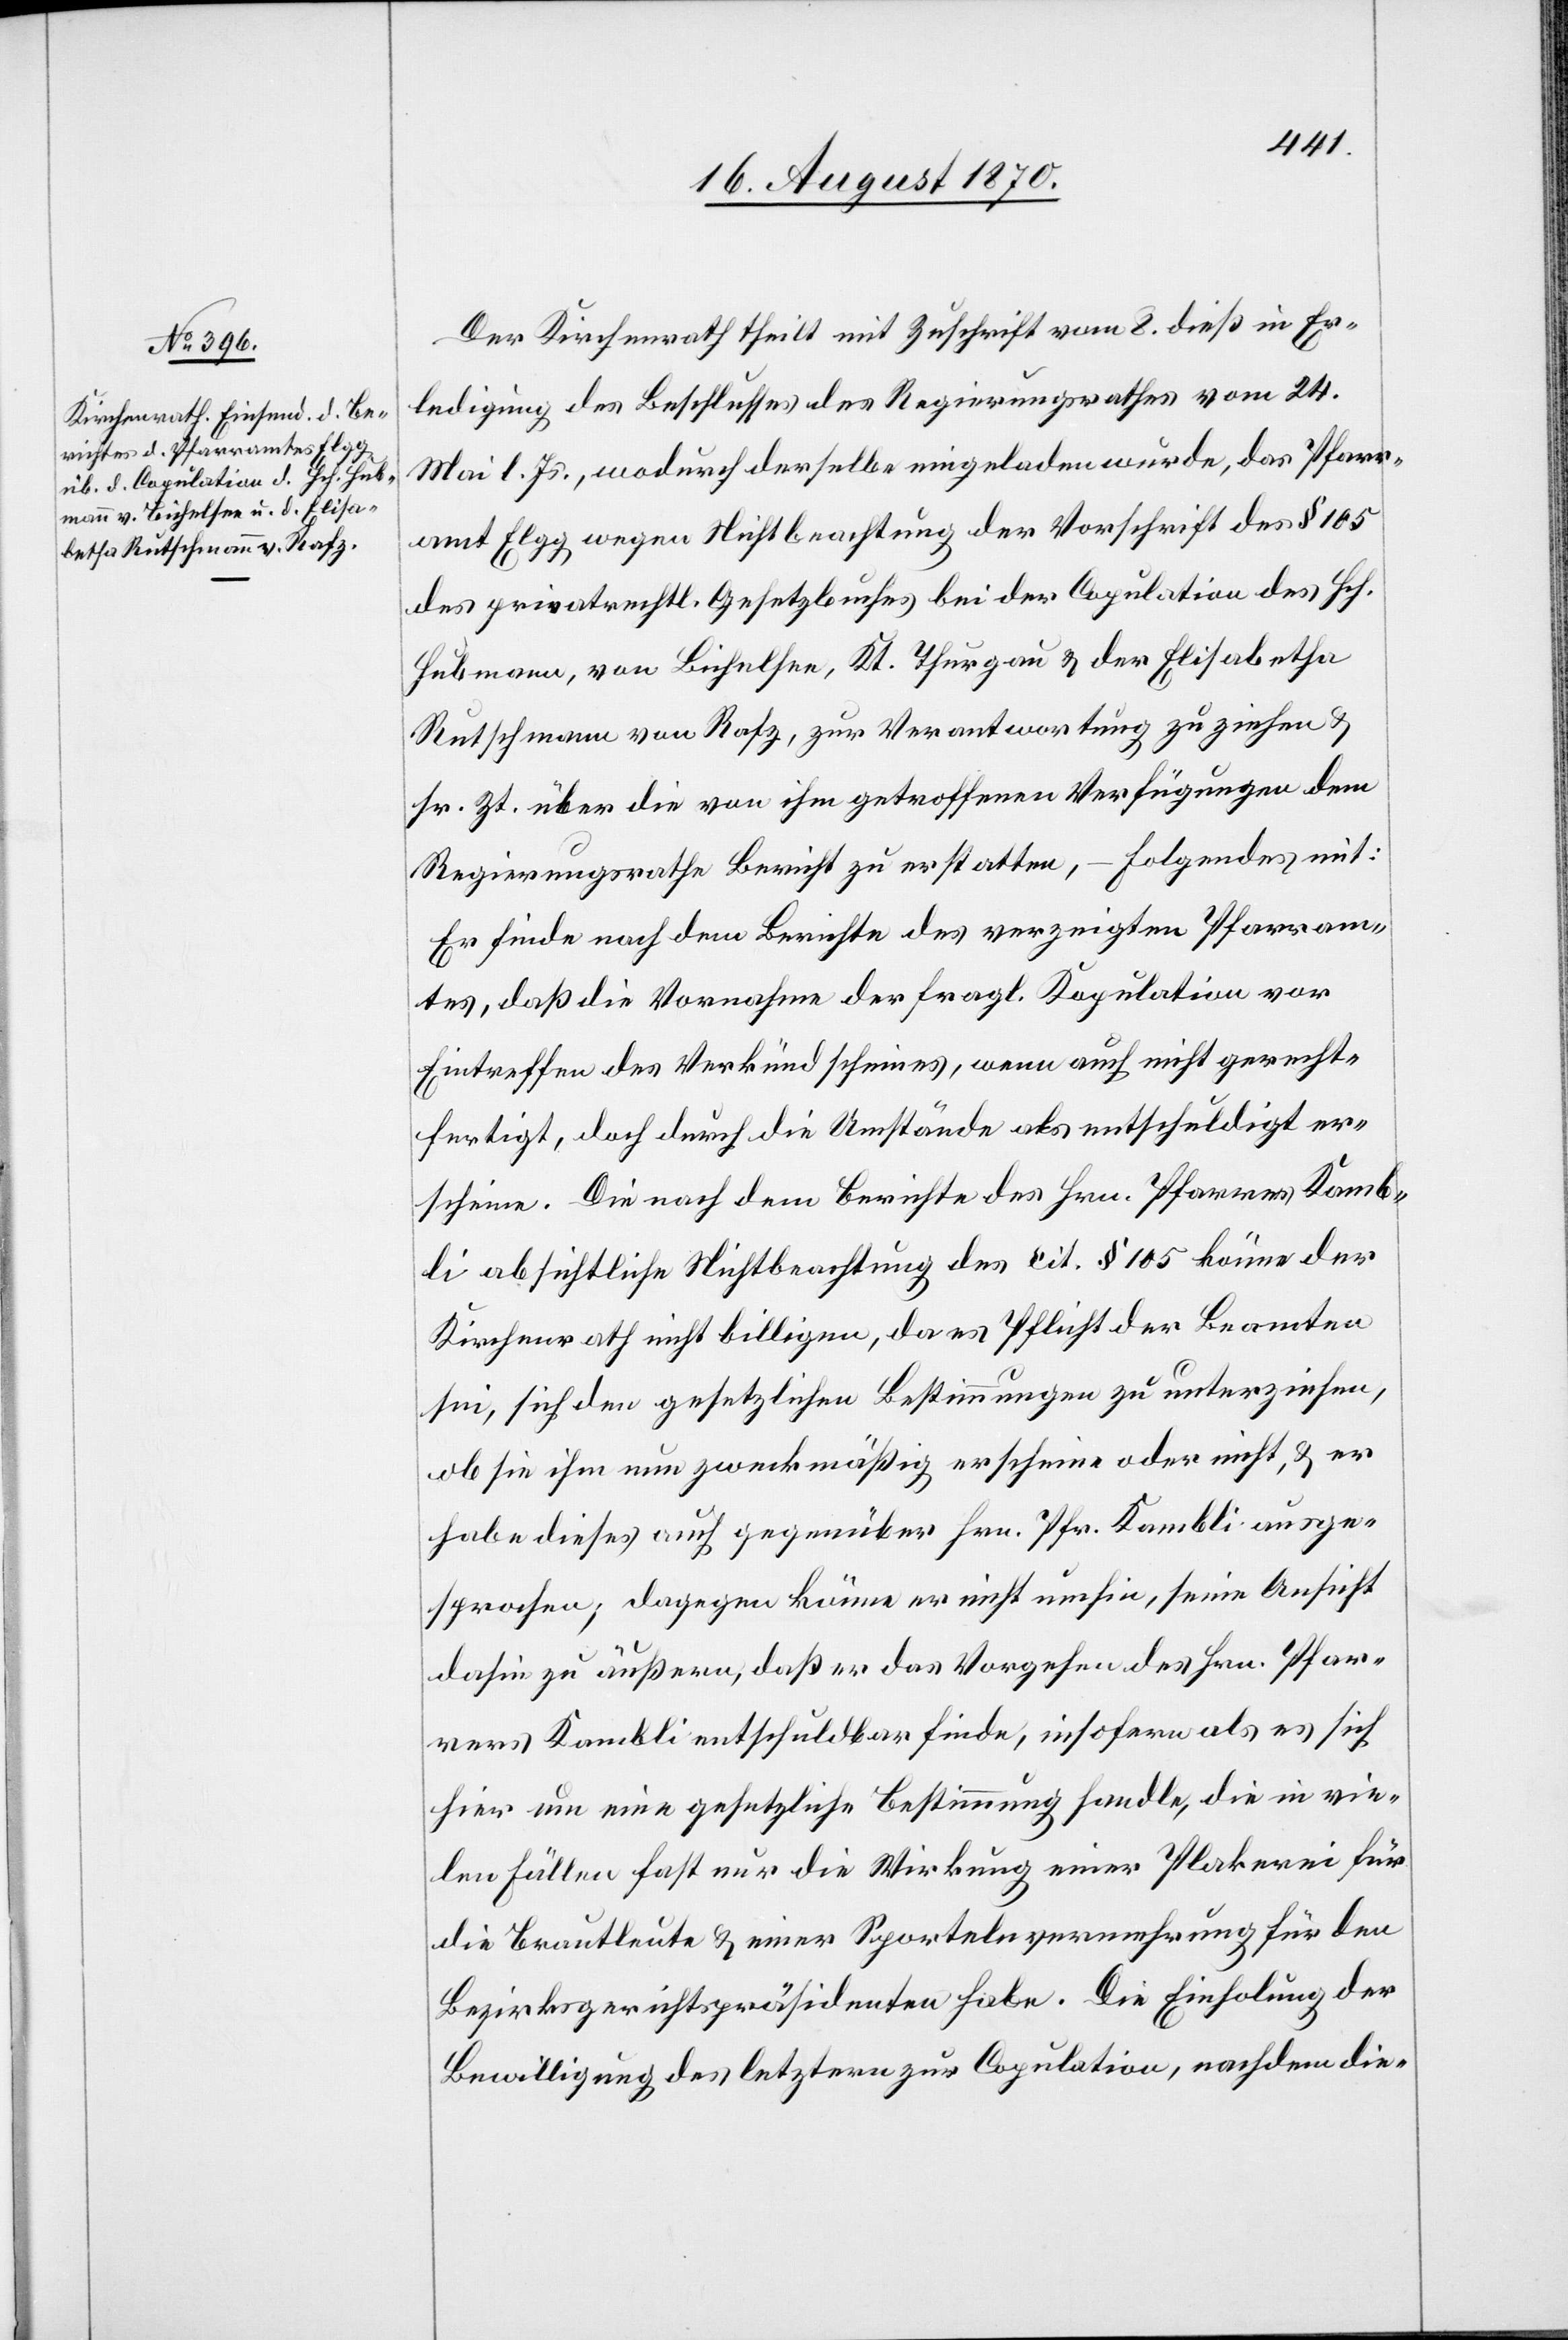
Der Kirchenrath theilt mit Zuschrift vom 8. dieß in Er¬
ledigung des Beschlusses des Regierungsrathes vom 24.
Mai l. Js., wodurch derselbe eingeladen wurde, das Pfarr¬
amt Elgg wegen Nichtbeachtung der Vorschrift des § 105
des privatrechtl. Gesetzbuches bei der Copulation des Hch.
Hubmann, von Bichelsee, Kt. Thurgau & der Elisabetha
Rutschmann von Rafz, zur Verantwortung zu ziehen &
sr. Zt. über die von ihm getroffenen Verfügungen dem
Regierungsrathe Bericht zu erstatten, – Folgendes mit:
Er finde nach dem Berichte des verzeigten Pfarram¬
tes, daß die Vornahme der fragl. Kopulation vor
Eintreffen des Verkündscheines, wenn auch nicht gerecht¬
fertigt, doch durch die Umstände als entschuldigt er¬
scheine. Die nach dem Berichte des Hrn. Pfarrers Kamb¬
li absichtliche Nichtbeachtung des cit. § 105 könne der
Kirchenrath nicht billigen, da es Pflicht der Beamten
sei, sich den gesetzlichen Bestimmungen zu unterziehen,
ob sie ihm nun zweckmäßig erscheine oder nicht, & er
habe dieses auch gegenüber Hrn. Pfr. Kambli ausge¬
sprochen; dagegen käme er nicht umhin, seine Ansicht
dahin zu äußern, daß er das Vorgehen des Hrn. Pfar¬
rer Kambli entschuldbar finde, insofern als es sich
hier um eine gesetzliche Bestimmung handle, die in vie¬
len Fällen fast die Wirkung einer Plakerei
die Brautleute & einer Sportelnvermehrung für den
Bezirksgerichtspräsidenten habe. Die Einholung der
Bewilligung des letztern zur Copulation, nachdem die-